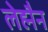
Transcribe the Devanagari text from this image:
लेह्मैन